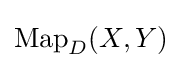
\operatorname {Map} _{D}(X,Y)